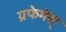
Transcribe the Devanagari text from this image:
ग्रफेमेस्